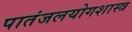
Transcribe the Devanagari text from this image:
पातंजलयोगशास्त्र